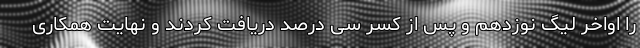
را اواخر لیگ نوزدهم و پس از کسر سی درصد دریافت کردند و نهایت همکاری